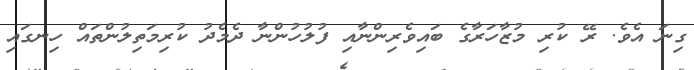
ގިނަ އެވެ. ރޭ ކުރި މުޒާހަރާގެ ބައިވެރިންނާއި ފުލުހުންނާ ދެމެދު ކުރިމަތިލުންތައް ހިނގައި